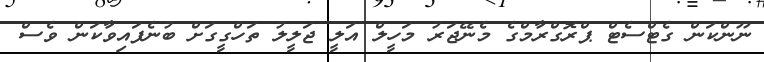
ނޫންކަން ގެޓްސެޓް ޕްރޮގްރާމްގެ މެނޭޖަރު މަހީލް އަލީ ޖަލީލު ތަހްގީގަށް ބުނެފައިވާކަން ވެސް